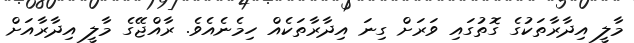
މާލީ އިދާރާތަކުގެ ގޮތުގައި ވަރަށް ގިނަ އިދާރާތަކެއް ހިމެނެއެވެ. ރާއްޖޭގެ މާލީ އިދާރާއަށް